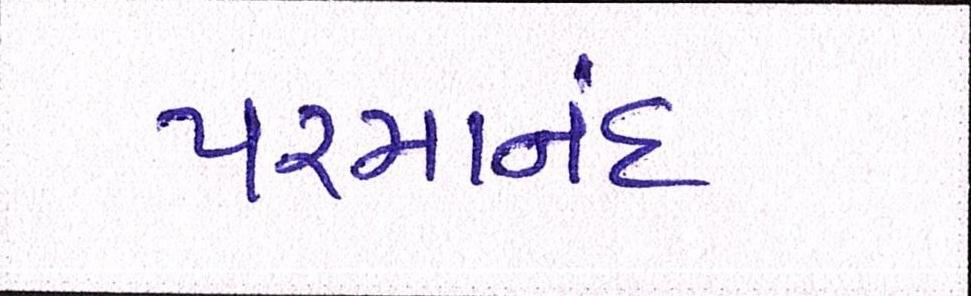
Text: પરમાનંદ